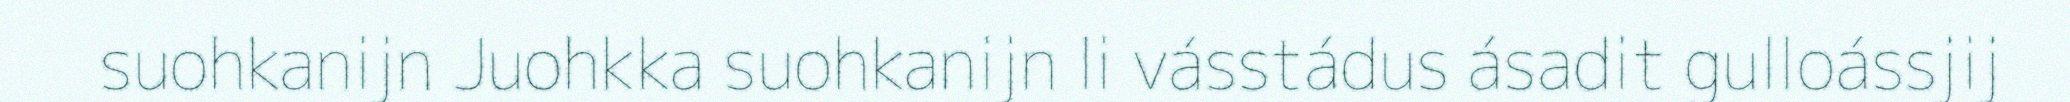
suohkanijn Juohkka suohkanijn li vásstádus ásadit gulloássjij